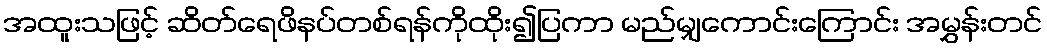
အထူးသဖြင့် ဆိတ်ရေဖိနပ်တစ်ရန်ကိုထိုး၍ပြကာ မည်မျှကောင်းကြောင်း အမွှန်းတင်